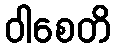
ဝါစေတိ